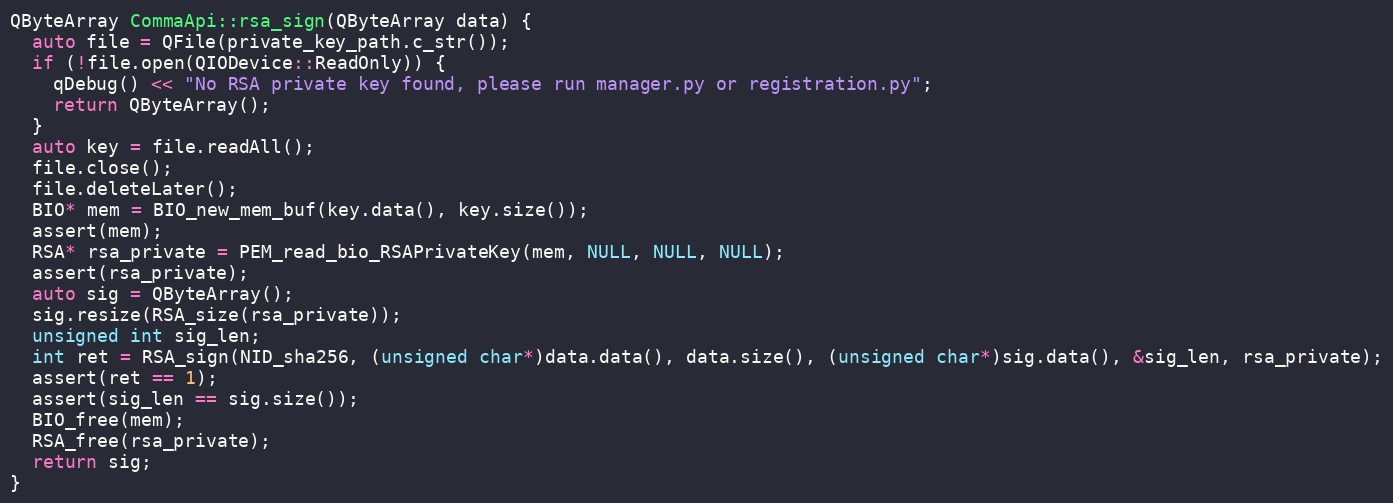
Language: C++
QByteArray CommaApi::rsa_sign(QByteArray data) {
  auto file = QFile(private_key_path.c_str());
  if (!file.open(QIODevice::ReadOnly)) {
    qDebug() << "No RSA private key found, please run manager.py or registration.py";
    return QByteArray();
  }
  auto key = file.readAll();
  file.close();
  file.deleteLater();
  BIO* mem = BIO_new_mem_buf(key.data(), key.size());
  assert(mem);
  RSA* rsa_private = PEM_read_bio_RSAPrivateKey(mem, NULL, NULL, NULL);
  assert(rsa_private);
  auto sig = QByteArray();
  sig.resize(RSA_size(rsa_private));
  unsigned int sig_len;
  int ret = RSA_sign(NID_sha256, (unsigned char*)data.data(), data.size(), (unsigned char*)sig.data(), &sig_len, rsa_private);
  assert(ret == 1);
  assert(sig_len == sig.size());
  BIO_free(mem);
  RSA_free(rsa_private);
  return sig;
}